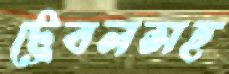
ট্রেবলসহ